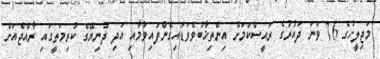
މަޖިލީހުގެ 76 ވަނަ ދައުރުގެ ރައީސްކަމަށް އިންތިޚާބުވެވަޑައިގެންފައިވުމާއި އަދި ދުނިޔޭގެ ކުރިމަތީގައި ރާއްޖެއަށް